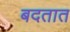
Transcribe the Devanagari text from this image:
बदतात